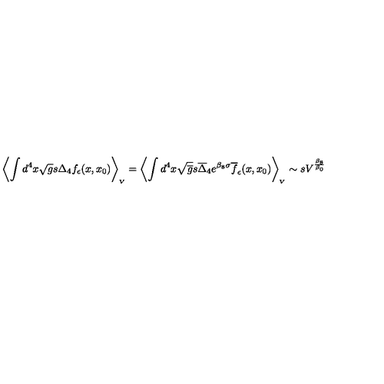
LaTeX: \left\langle \int d ^ { 4 } x \sqrt g s \Delta _ { 4 } f _ { \epsilon } ( x , x _ { 0 } ) \right\rangle _ { _ V } = \left\langle \int d ^ { 4 } x \sqrt { \overline { g } } s \overline { \Delta } _ { 4 } e ^ { \beta _ { 8 } \sigma } \overline { f } _ { \epsilon } ( x , x _ { 0 } ) \right\rangle _ { _ V } \sim s V ^ { \frac { \beta _ { 8 } } { \beta _ { 0 } } }